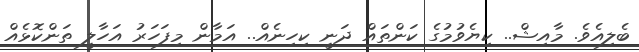
ބެލިއެވެ. މާއިޝް.. ކިޔެވުމުގެ ކަންތައް ދަނީ ކިހިނެއް.. އަމާން މިފަހަރު އަހާލީ ތަންކޮޅެއް